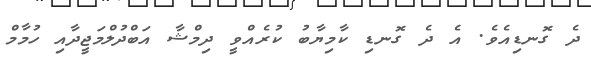
ދެ ގޮނޑިއެވެ. އެ ދެ ގޮނޑި ކާމިޔާބު ކުރެއްވީ ދިމްޝާ އަބްދުލްމަޖީދާއި ހުމާމް